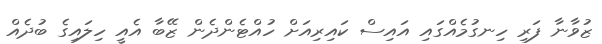
ޒުވާނާ ފަރި ހިނގުމެއްގައި އައިސް ކައިރިއަށް ހުއްޓެންދެން ޒޭބާ އެއީ ހިލައިގެ ބުދެއް